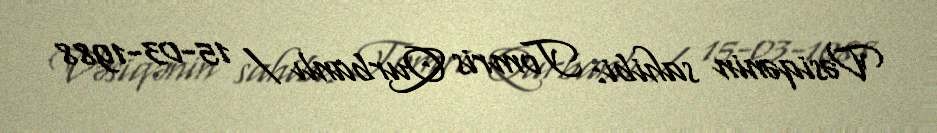
Vəsiqənin sahibi: Tomris Qurbanlı / 15-03-1988